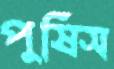
পুষিস